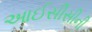
આઈસીસીની